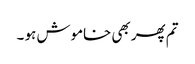
تم پھر بھی خاموش ہو ۔